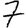
Digit: 7